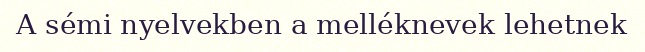
A sémi nyelvekben a melléknevek lehetnek